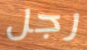
رجل